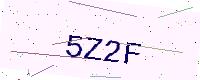
Text: 5Z2F